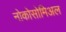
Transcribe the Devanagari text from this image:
नोकोसोमिअल